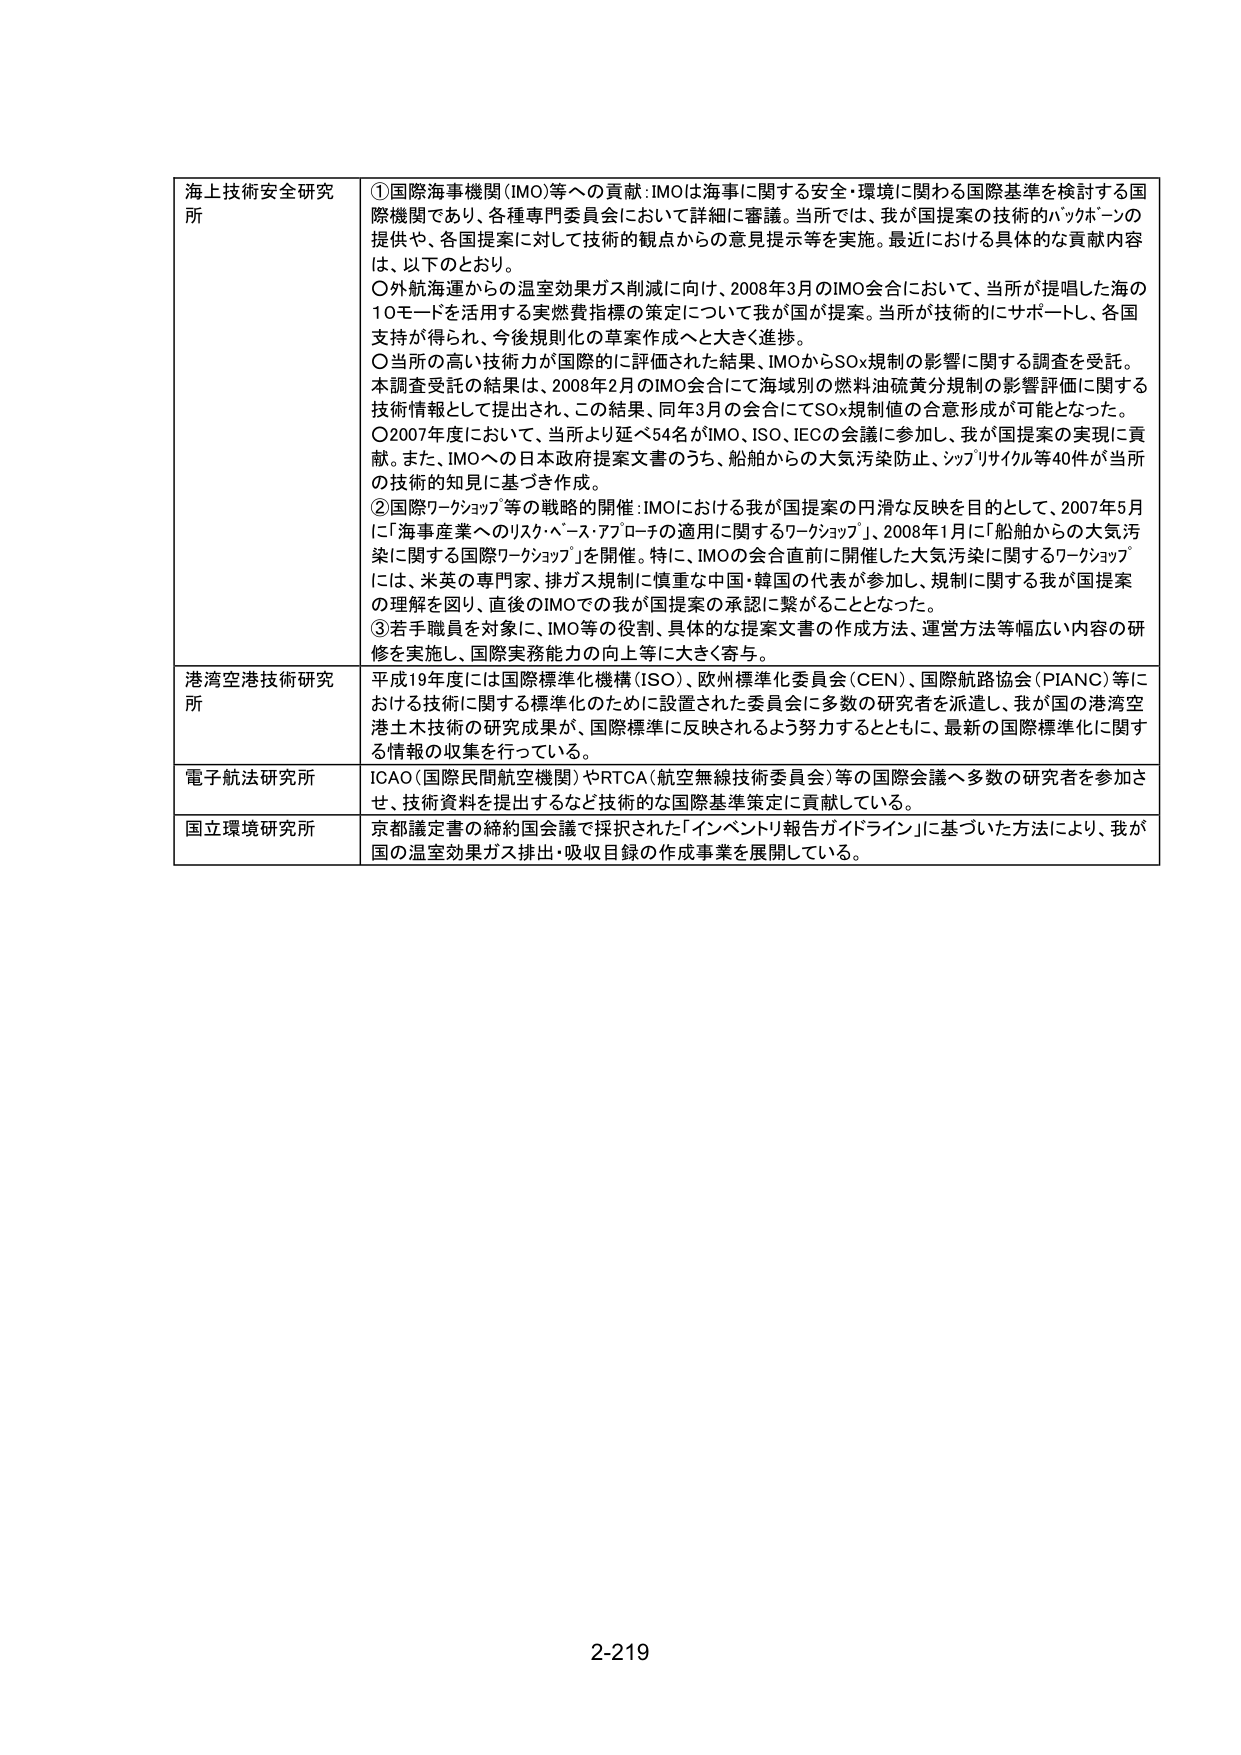
海上技術安全研究所
①国際海事機関（IMO）等への貢献：IMOは海事に関する安全・環境に関わる国際基準を検討する国際機関であり、各種専門委員会において詳細に審議。当所では、我が国提案の技術的バックボーンの提供や、各国提案に対して技術的観点からの意見提示等を実施。最近における具体的な貢献内容は、以下のとおり。
○外航海運からの温室効果ガス削減に向け、2008年3月のIMO会合において、当所が提唱した海の10モードを活用する実燃費指標の策定について我が国が提案。当所が技術的にサポートし、各国支持が得られ、今後規則化の草案作成へと大きく進捗。
○当所の高い技術力が国際的に評価された結果、IMOからSOx規制の影響に関する調査を受託。本調査受託の結果は、2008年2月のIMO会合にて海域別の燃料油硫黄分規制の影響評価に関する技術情報として提出され、この結果、同年3月の会合にてSOx規制値の合意形成が可能となった。
○2007年度において、当所より延べ54名がIMO、ISO、IECの会議に参加し、我が国提案の実現に貢献。また、IMOへの日本政府提案文書のうち、船舶からの大気汚染防止、シップリサイクル等40件が当所の技術的知見に基づき作成。
②国際ワークショップ等の戦略的開催：IMOにおける我が国提案の円滑な反映を目的として、2007年5月に「海事産業へのリスク・ベース・アプローチの適用に関するワークショップ」、2008年1月に「船舶からの大気汚染に関する国際ワークショップ」を開催。特に、IMOの会合直前に開催した大気汚染に関するワークショップには、米英の専門家、排ガス規制に慎重な中国・韓国の代表が参加し、規制に関する我が国提案の理解を図り、直後のIMOでの我が国提案の承認に繋がることとなった。
③若手職員を対象に、IMO等の役割、具体的な提案文書の作成方法、運営方法等幅広い内容の研修を実施し、国際実務能力の向上等に大きく寄与。

港湾空港技術研究所
平成19年度には国際標準化機構（ISO）、欧州標準化委員会（CEN）、国際航路協会（PIANC）等における技術に関する標準化のために設置された委員会に多数の研究者を派遣し、我が国の港湾空港土木技術の研究成果が、国際標準に反映されるよう努力するとともに、最新の国際標準化に関する情報の収集を行っている。

電子航法研究所
ICAO（国際民間航空機関）やRTCA（航空無線技術委員会）等の国際会議へ多数の研究者を参加させ、技術資料を提出するなど技術的な国際基準策定に貢献している。

国立環境研究所
京都議定書の締約国会議で採択された「インベントリ報告ガイドライン」に基づいた方法により、我が国の温室効果ガス排出・吸収目録の作成事業を展開している。

2-219